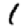
Digit: 1